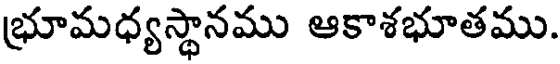
భ్రూమధ్యస్థానము ఆకాశభూతము.